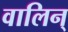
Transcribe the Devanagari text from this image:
वालिन्